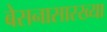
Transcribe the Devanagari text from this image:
बेसनासारख्या